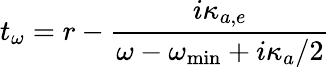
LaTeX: t_{\omega}=r-\frac{i\kappa_{a,e}}{\omega-\omega_{\mathrm{{min}}}+i\kappa_{a}/2}